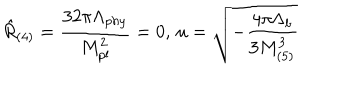
\hat { R } _ { ( 4 ) } = \frac { 3 2 \pi \Lambda _ { p h y } } { M _ { p l } ^ { 2 } } = 0 , \, u = \sqrt { - \frac { 4 \pi \Lambda _ { b } } { 3 M _ { ( 5 ) } ^ { 3 } } }